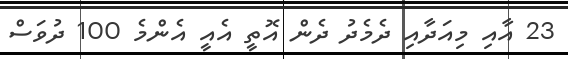
23 އާއި މިއަދާއި ދެމެދު ދެން އޮތީ އެއީ އެންމެ 100 ދުވަސް